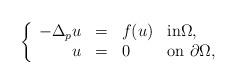
LaTeX: \begin{align*}\left\{\begin{array}{r c l l}-\Delta_p u & = & f(u) & \textrm{in}\Omega, \\ u & = & 0 & \textrm{on }\partial\Omega,\end{array}\right.\end{align*}